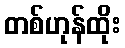
တစ်ဟုန်ထိုး